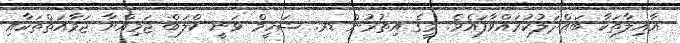
އާއިލާތަކާ ބައްދަލުކުރައްވާފައެވެ. މީގެ އިތުރުން ޑރ. ޝަހީމް ވަނީ ކްލަބް ޖަމިއްޔާ ޖަމާއަތްތަކާއި